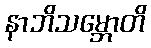
နာဘိသမ္ဘောတိ